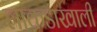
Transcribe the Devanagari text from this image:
लाकडाखाली